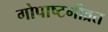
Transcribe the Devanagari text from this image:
गोपाष्टमीव्रत